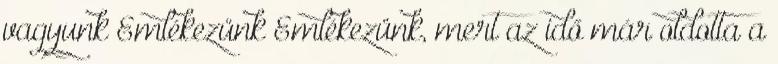
vagyunk Emlékezünk Emlékezünk, mert az idő már oldotta a